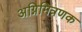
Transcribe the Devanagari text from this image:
अग्निमित्रणक